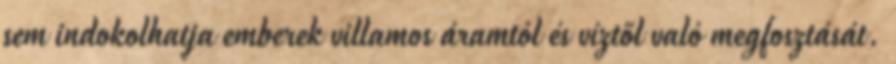
sem indokolhatja emberek villamos áramtól és víztől való megfosztását.